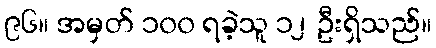
၉၆။ အမှတ် ၁၀၀ ရခဲ့သူ ၁၂ ဦးရှိသည်။